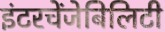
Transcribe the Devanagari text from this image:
इंटरचेंजेबिलिटी